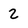
Character: z